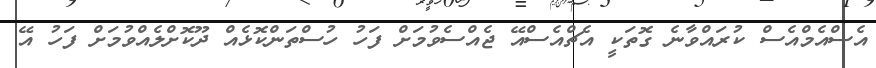
އެސްއެމްއެސް ކުރައްވާނެ ގޮތަކީ އެޗްއެސްއޭ ޖެއްސެވުމަށް ފަހު ހުސްތަންކޮޅެއް ދޫކޮށްލެއްވުމަށް ފަހު އޭ